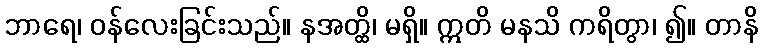
ဘာရေ၊ ဝန်လေးခြင်းသည်။ နအတ္ထိ၊ မရှိ။ ဣတိ မနသိ ကရိတွာ၊ ၍။ တာနိ